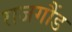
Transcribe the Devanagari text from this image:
राजगौंड